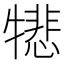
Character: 𪺵